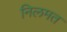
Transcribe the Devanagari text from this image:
निलमत